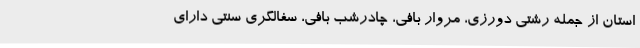
استان از جمله رشتی دورزی، مروار بافی، چادرشب بافی، سفالگری سنتی دارای